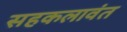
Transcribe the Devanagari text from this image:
सहकलावंत